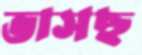
ভাসছ